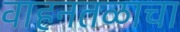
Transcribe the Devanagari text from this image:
वाहनतळाचा